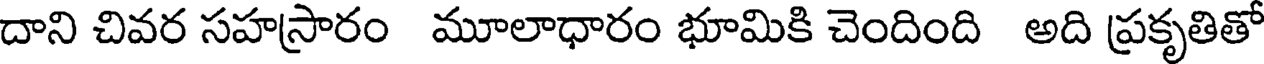
దాని చివర సహస్రారం మూలాధారం భూమికి చెందింది అది ప్రకృతితో